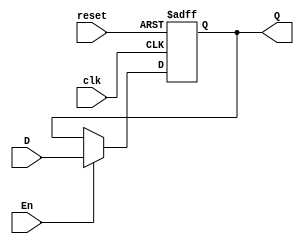
// Electronica Digital 1  |
// Proyecto 2             |
// Marco Duarte           |
//                        |
// ----------------------- 

module FFDE_1(
    input wire clk, reset, En, D, 
    output reg Q);

    always @ (posedge clk or posedge reset) begin
        if (reset) 
            Q <= 1'b0;
        else if (En)
            Q <= D;
    end
endmodule

module FFD_1(
    input wire clk, reset, D, 
    output reg Q);

    always @ (posedge clk or posedge reset) begin
        if (reset) 
            Q <= 1'b0;
        else 
            Q <= D;
    end
endmodule

module phase(
    input wire clk, reset, 
    output wire Q);
    
        FFD_1 U1(clk, reset, ~Q, Q);
endmodule

module FFD_2(
    input wire clk, reset, En, 
    input wire [1:0]D2, 
    output wire [1:0]Q2);

    FFDE_1 U1(clk, reset, En, D2[1], Q2[1]);
    FFDE_1 U2(clk, reset, En, D2[0], Q2[0]);

endmodule


module FFD_4(
    input wire Clk, reset, En,
    input wire [3:0]D, 
    output wire [3:0]Q);

    FFD_2 U1(Clk, reset, En, D[3:2], Q[3:2]);
    FFD_2 U2(Clk, reset, En, D[1:0], Q[1:0]);

endmodule

module Flags(
    input wire clock, reset, En,
    input wire D1, D2,
    output wire Ze, C);

        FFDE_1 U1(clock, reset, En, D1, Ze);
        FFDE_1 U2(clock, reset, En, D2, C);

endmodule

module FFT( 
    input wire clk, reset, EN,
    output wire Q);

        // Aca declaro que la entrada sea Q negada
        FFDE_1 U1(clk, reset, EN, ~Q, Q); 
endmodule

module PC(
    input wire Clk, reset, En, non,
    input wire [11:0]load,
    output reg [11:0]exit);

        always @ (posedge Clk or posedge reset)begin 
            if (reset == 1) // Empieza en 0
                exit <= 12'b000000000000;
            
            else if(non == 1) // Mientras non sea 1, el valor va a ser el de load
                exit <= load;

            else if(En == 1 && ~non) // Cada vez que pase el clock se le suma uno
            exit <= exit + 1;
        end

            
endmodule

module ROM(
    input [11:0]addr, // La direccion
    output [7:0]info); // La cantidad de bits que se desea ver

        reg [7:0] Memory [0:4095]; // Ajustamos el tamao de nuestra memoria
        // En este caso es de 8 bits por 4k de localidades
        
        initial begin
        // Esto se inicializa para llamar al archivo que guarda nuestro datos
            $readmemh("memory.list", Memory);
        end

        // Aqui se le asisgna el valor a la memoria 
        assign info = Memory[addr];
endmodule

module Fetch(
    input wire Clk, reset, En2,
    input wire [7:0]D4,
    output wire [3:0]Q1,
    output wire [3:0]Q2);
    // Se crean dos salidas de 4 bits debido que el fetch requiere dos salidas

        FFD_4 U1(Clk, reset, En2, D4[7:4], Q1);
        FFD_4 U2(Clk, reset, En2, D4[3:0], Q2);
endmodule

module BTri(
    input wire En,
    input wire [3:0]entradas,
    output wire [3:0]salidas);

        assign salidas = (En) ? entradas:4'bz;
endmodule

module ALU(
    input wire [3:0] A, B,
    input [2:0] command,
    output carry, zero,
    output [3:0] result);
    
    reg [4:0] q;
    
    always @ (A, B, command)
        case (command)
            3'b000: q = A; // Dejar pasar A
            3'b001: q = A - B; // resta
            3'b010: q = B; // Dejar pasar B
            3'b011: q = A + B; // Sumar
            3'b100: q = {1'b0, ~(A & B)}; // Comparador
            default: q = 5'b10101;
        endcase
    
    assign result = q[3:0];
    assign carry = q[4];
    assign zero = ~(q[3] | q[2] | q[1] | q[0]);
    
endmodule


module RAM(
    input wire En, write,
    input wire [11:0]addres,
    output wire [3:0]Data);

    reg [3:0]RAM[0:4095]; // Aca se define el tamao de la RAM
    reg [3:0]dataout; // Se declaran las salidas de la RAM
    assign Data = (En && ~write) ? dataout: 4'bzzzz; // Se indica cuando esta en alta impedancia

    always @(En, write, addres, Data) begin // Se inicializa un always
        
        if (En && ~write)
            dataout = RAM[addres];
        if (En && write)
            RAM[addres] = Data; 
            
        end
endmodule

module ACCU(
    input wire clk, reset, En,
    input wire [3:0]D, 
    output wire [3:0]Q);

      FFD_2 U1(clk, reset, En, D[3:2], Q[3:2]);
      FFD_2 U2(clk, reset, En, D[1:0], Q[1:0]);
endmodule

module Decode(
    input wire [6:0] in,
    output wire [12:0] outD);
    
    reg [12:0] out;
    
    always @ (in)
        casez(in)
            // any
            7'b????_??0: out <= 13'b1000_000_001000;
            // JC
            7'b0000_1?1: out <= 13'b0100_000_001000;
            7'b0000_0?1: out <= 13'b1000_000_001000;
            // JNC
            7'b0001_1?1: out <= 13'b1000_000_001000;
            7'b0001_0?1: out <= 13'b0100_000_001000;
            // CMPI
            7'b0010_??1: out <= 13'b0001_001_000010;
            // CMPM
            7'b0011_??1: out <= 13'b1001_001_100000;
            // LIT
            7'b0100_??1: out <= 13'b0011_010_000010;
            // IN
            7'b0101_??1: out <= 13'b0011_010_000100;
            // LD
            7'b0110_??1: out <= 13'b1011_010_100000;
            // ST
            7'b0111_??1: out <= 13'b1000_000_111000;
            // JZ
            7'b1000_?11: out <= 13'b0100_000_001000;
            7'b1000_?01: out <= 13'b1000_000_001000;
            // JNZ
            7'b1001_?11: out <= 13'b1000_000_001000;
            7'b1001_?01: out <= 13'b0100_000_001000;
            // ADDI
            7'b1010_??1: out <= 13'b0011_011_000010;
            // ADDM
            7'b1011_??1: out <= 13'b1011_011_100000;
            // JMP
            7'b1100_??1: out <= 13'b0100_000_001000;
            // OUT
            7'b1101_??1: out <= 13'b0000_000_001001;
            // NANDI
            7'b1110_??1: out <= 13'b0011_100_000010;
            // NANDM
            7'b1111_??1: out <= 13'b1011_100_100000;
            default: out <= 13'b1111111111111;
        endcase
        
    assign outD = out;
endmodule

module uP(
    input wire clock, reset,
    input wire [3:0]pushbuttons,
    output wire phase, c_flag, z_flag,
    output wire [3:0] instr, oprnd, accu, data_bus, FF_out,
    output wire [7:0] program_byte,
    output wire [11:0] PC, address_RAM);

        wire [3:0] ALU_out;
        wire [12:0]out_decoder;
        wire [6:0]in_decoder;
        wire Ze, C;

        assign address_RAM = {oprnd, program_byte};
        assign in_decoder = {instr, c_flag, z_flag, phase};

        FFT Phase(clock, reset, 1'b1, phase);
        Decode Decoder(in_decoder, out_decoder);
        Flags flags_carry(clock, reset, out_decoder[9], Ze, C, z_flag, c_flag);
        ALU ALU(accu, data_bus, out_decoder[8:6], C, Ze, ALU_out);
        BTri BusFetch(out_decoder[1], oprnd, data_bus);
        BTri BusIn(out_decoder[2], pushbuttons, data_bus);
        BTri BusALU(out_decoder[3], ALU_out , data_bus);
        FFD_4 OutputsFFD4(clock, reset, out_decoder[0], data_bus, FF_out);
        Fetch Fetch(clock, reset, ~phase, program_byte, instr, oprnd);
        PC ProgramCounter(clock, reset, out_decoder[12], out_decoder[11], address_RAM, PC);
        ROM ROMm(PC, program_byte);
        RAM RAMm(out_decoder[5], out_decoder[4], address_RAM, data_bus);
        ACCU Accumulator(clock, reset, out_decoder[10], ALU_out, accu);
endmodule